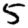
Digit: 5